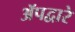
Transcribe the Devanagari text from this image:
ॲपद्वारे